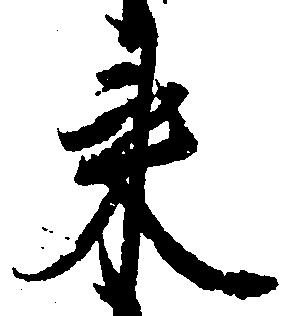
来